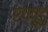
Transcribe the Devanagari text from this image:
एप्पुडु